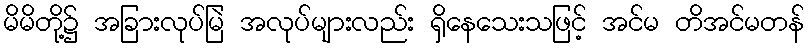
မိမိတို့၌ အခြားလုပ်မြဲ အလုပ်များလည်း ရှိနေသေးသဖြင့် အင်မ တိအင်မတန်